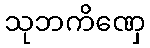
သုဘကိဏှေ